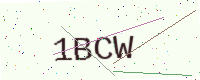
Text: 1BCW